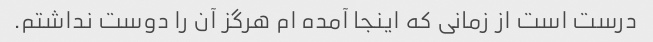
درست است از زمانی که اینجا آمده ام هرگز آن را دوست نداشتم.